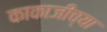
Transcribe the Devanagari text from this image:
काकाजींच्या